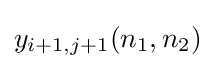
y_{i+1,j+1}(n_{1},n_{2})